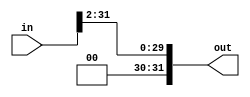
module Rshifter #(parameter num_of_shifts = 2, input_len = 32) (in, out);
input [input_len - 1 : 0] in;
output [input_len - 1 : 0] out;
assign out = in >> num_of_shifts;
endmodule